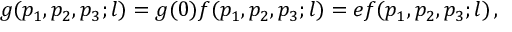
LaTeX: g ( p _ { 1 } , p _ { 2 } , p _ { 3 } ; l ) = g ( 0 ) f ( p _ { 1 } , p _ { 2 } , p _ { 3 } ; l ) = e f ( p _ { 1 } , p _ { 2 } , p _ { 3 } ; l ) \, ,